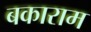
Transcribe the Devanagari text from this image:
बकाराम